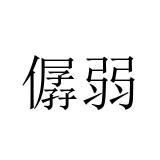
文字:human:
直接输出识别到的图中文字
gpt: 僝弱